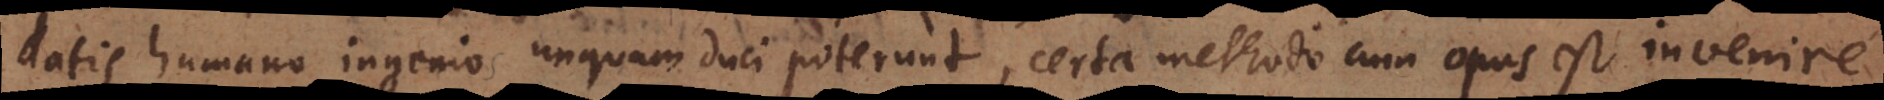
datis humano ingenio unquam duci poterunt, certa methodo cum opus est invenire